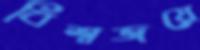
বিশ্বজয়ে